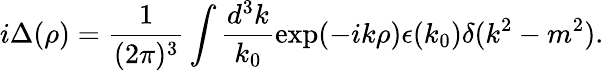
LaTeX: i\Delta(\rho)=\frac{1}{(2\pi)^{3}}\int\frac{d^{3}k}{k_{0}}\exp(-ik\rho)\epsilon(k_{0})\delta(k^{2}-m^{2}).